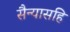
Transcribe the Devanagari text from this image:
सैन्यासहि